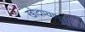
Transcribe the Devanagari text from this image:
खोदण्यापूर्वी